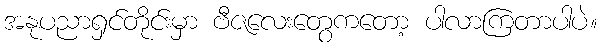
အနုပညာရှင်တိုင်းမှာ ဗီဇလေးတွေကတော့ ပါလာကြတာပါပဲ။